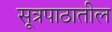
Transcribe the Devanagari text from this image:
सूत्रपाठातील